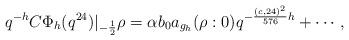
LaTeX: \begin{align*} q^{-h}C\Phi_{h}(q^{24})|_{-\frac{1}{2}}\rho=\alpha b_0a_{g_h}(\rho : 0)q^{-\frac{(c,24)^2}{576}h}+\cdots,\end{align*}